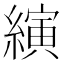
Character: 縯